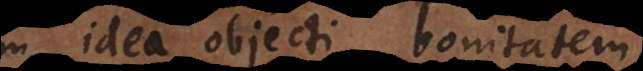
in idea objecti bonitatem